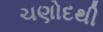
ચણોદથી